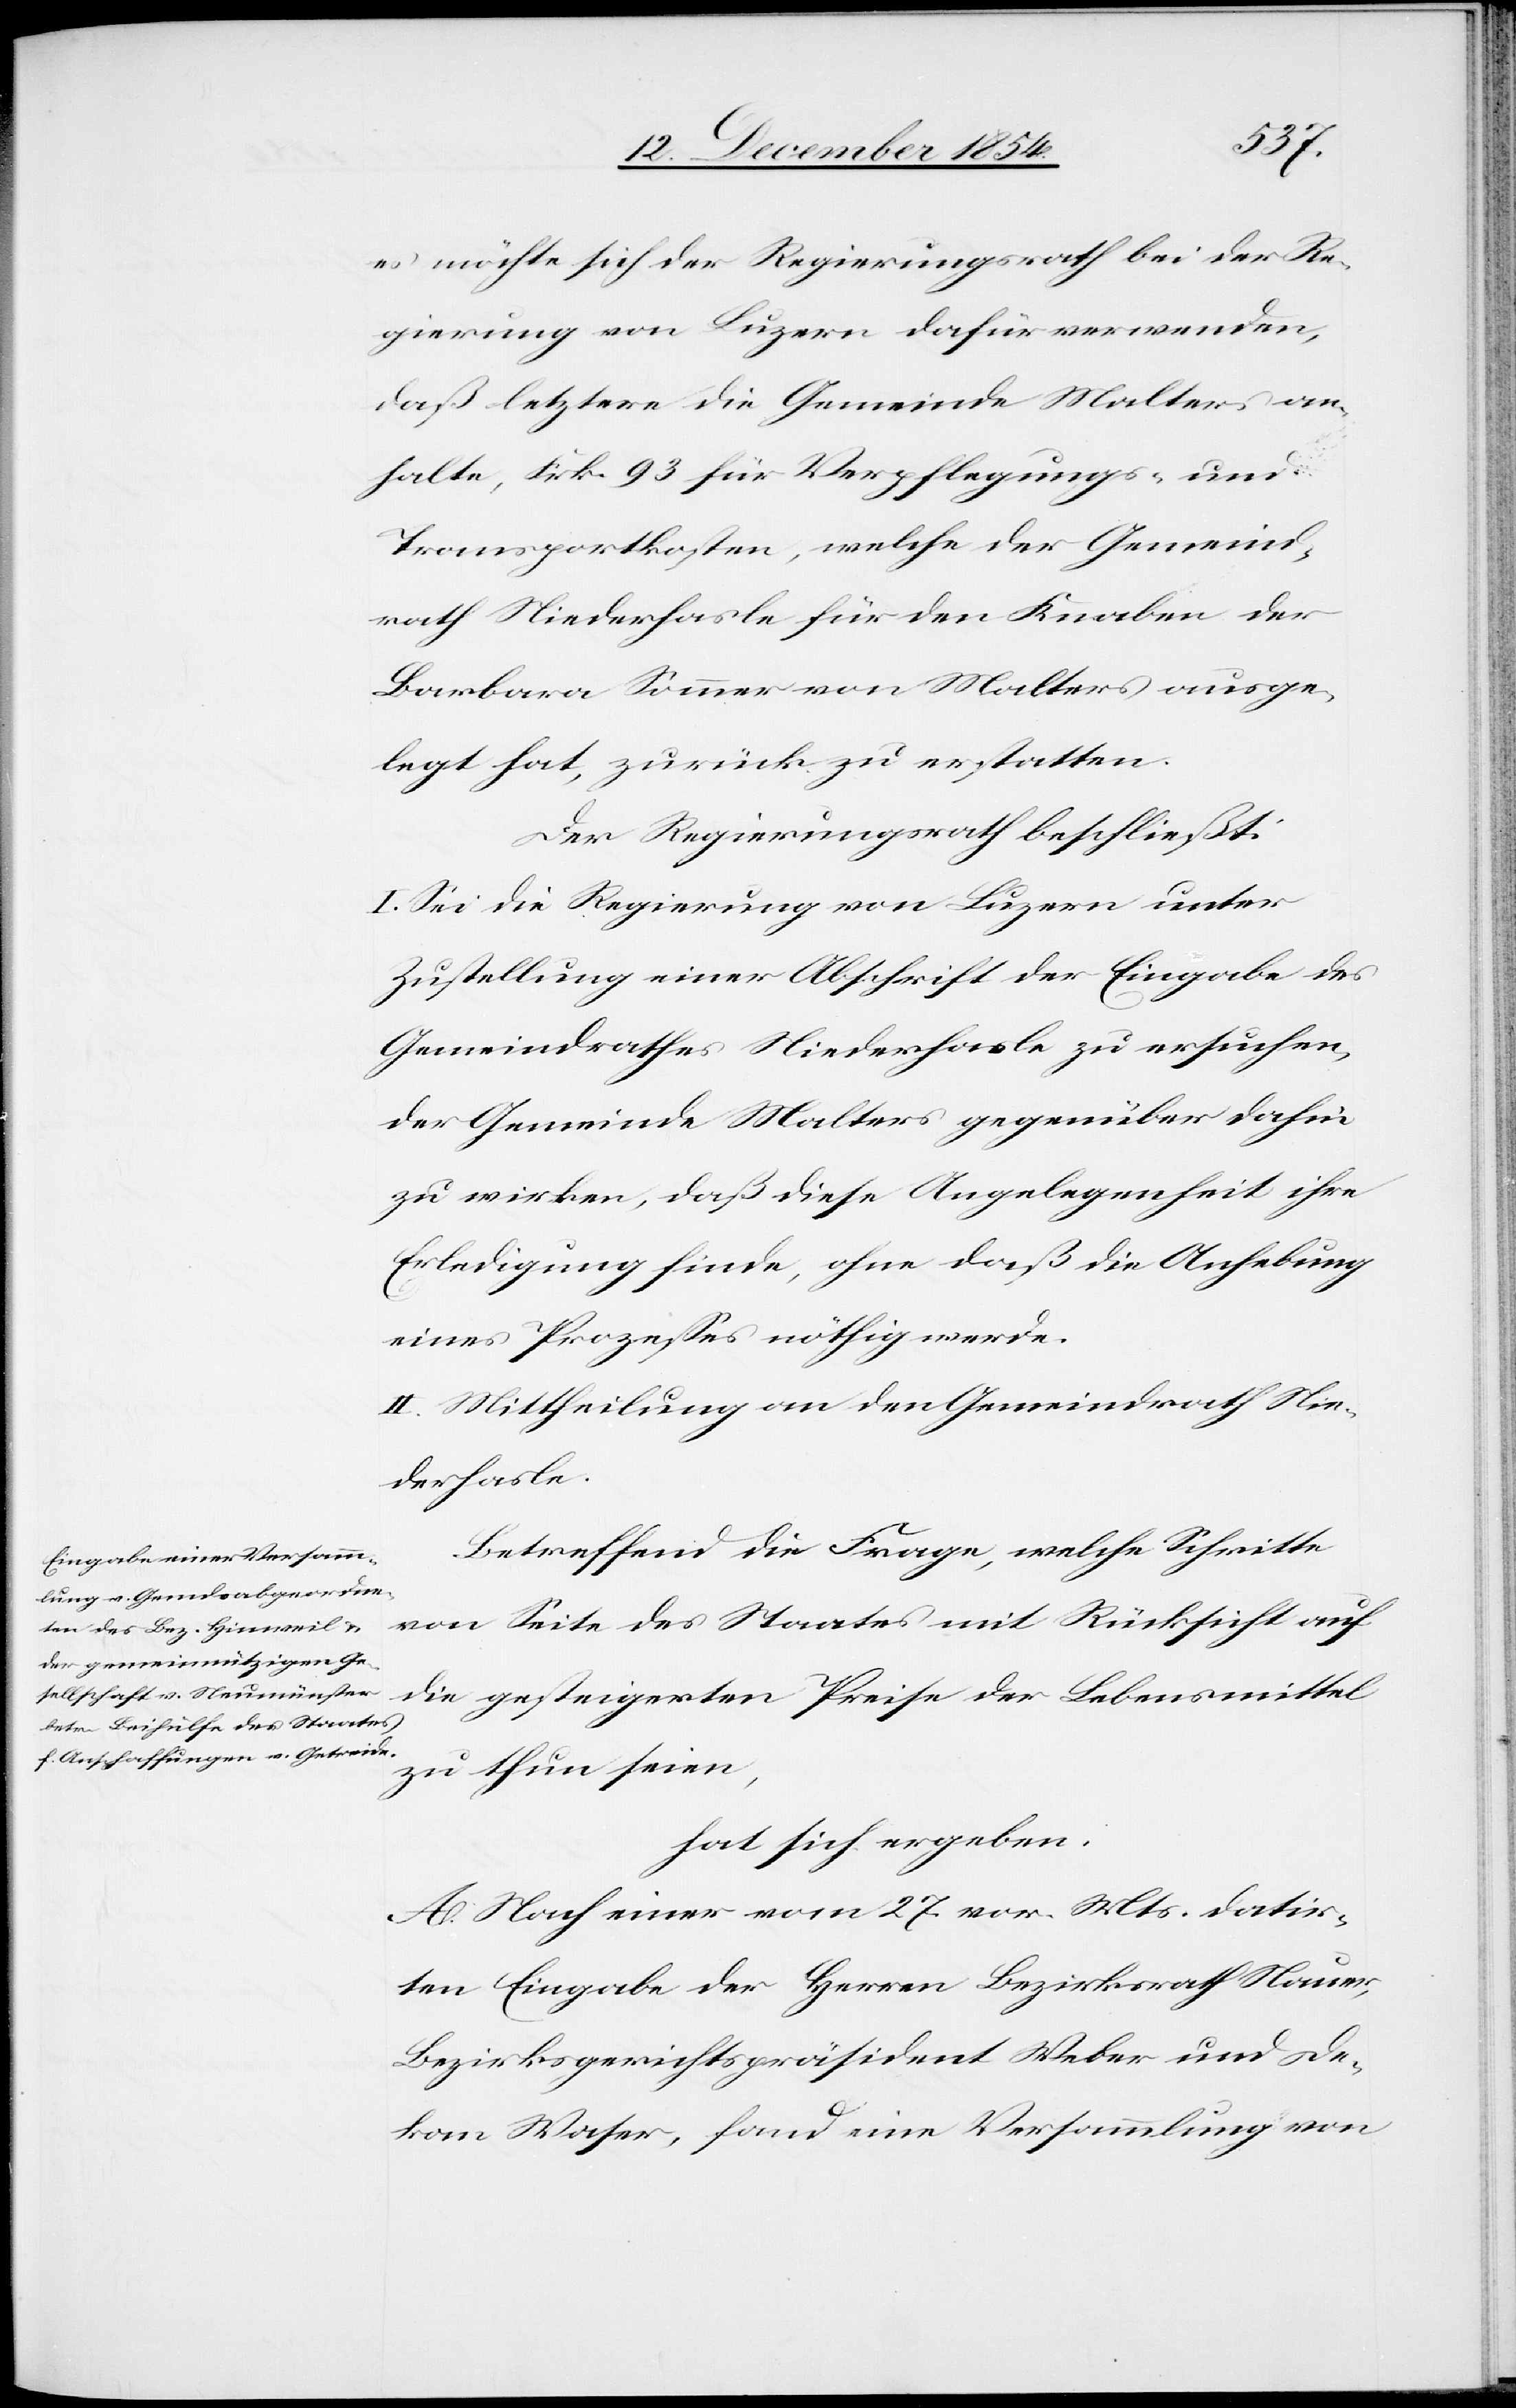
es möchte sich der Regierungsrath bei der Re¬
gierung von Luzern dafür verwenden,
daß letztere die Gemeinde Malters an¬
halte, Frk. 93 für Verpflegungs- und
Transportkosten welche der Gemeind¬
rath Niederhasle für den Knaben der
Barbara Sommer von Malters ausge¬
legt hat, zurück zu erstatten.
Der Regierungsrath beschließt:
I. Sei die Regierung von Luzern unter
Zustellung einer Abschrift der Eingabe des
Gemeindrathes Niederhasle zu ersuchen,
der Gemeinde Malters gegenüber dahin
zu wirken, daß diese Angelegenheit ihre
Erledigung finde, ohne daß die Anhebung
eines Prozeßes nöthig werde.
II. Mittheilung an den Gemeindrath Nie¬
derhasle.
Betreffend die Frage, welche Schritte
von Seite des Staates mit Rücksicht auf
die gesteigerten Preise der Lebensmittel
zu thun seien,
hat sich ergeben:
A. Nach einer vom 27. vor. Mts. datir¬
ten Eingabe der Herren Bezirksrath Nauer,
Bezirksgerichtspräsident Weber und De¬
kan Waser, fand eine Versammlung von